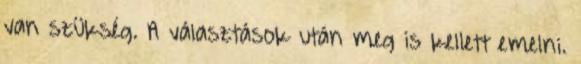
van szükség. A választások után meg is kellett emelni.